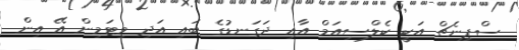
ސްޕިނެޗް އަކީ ކެލްސިއަމް އާއި ދަގަނޑުގެ ބައި އަދި ވިޓަމިން އޭ އިން